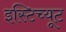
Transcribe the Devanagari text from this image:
इस्‍टिच्‍यूट